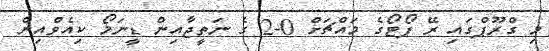
މި ގްރޫޕްގައި ރޭ ޕޯޓޯގެ މައްޗަށް 0-2 ގެ ނަތީޖާއިން ޑީނަމޯ ކިއެވްއިން